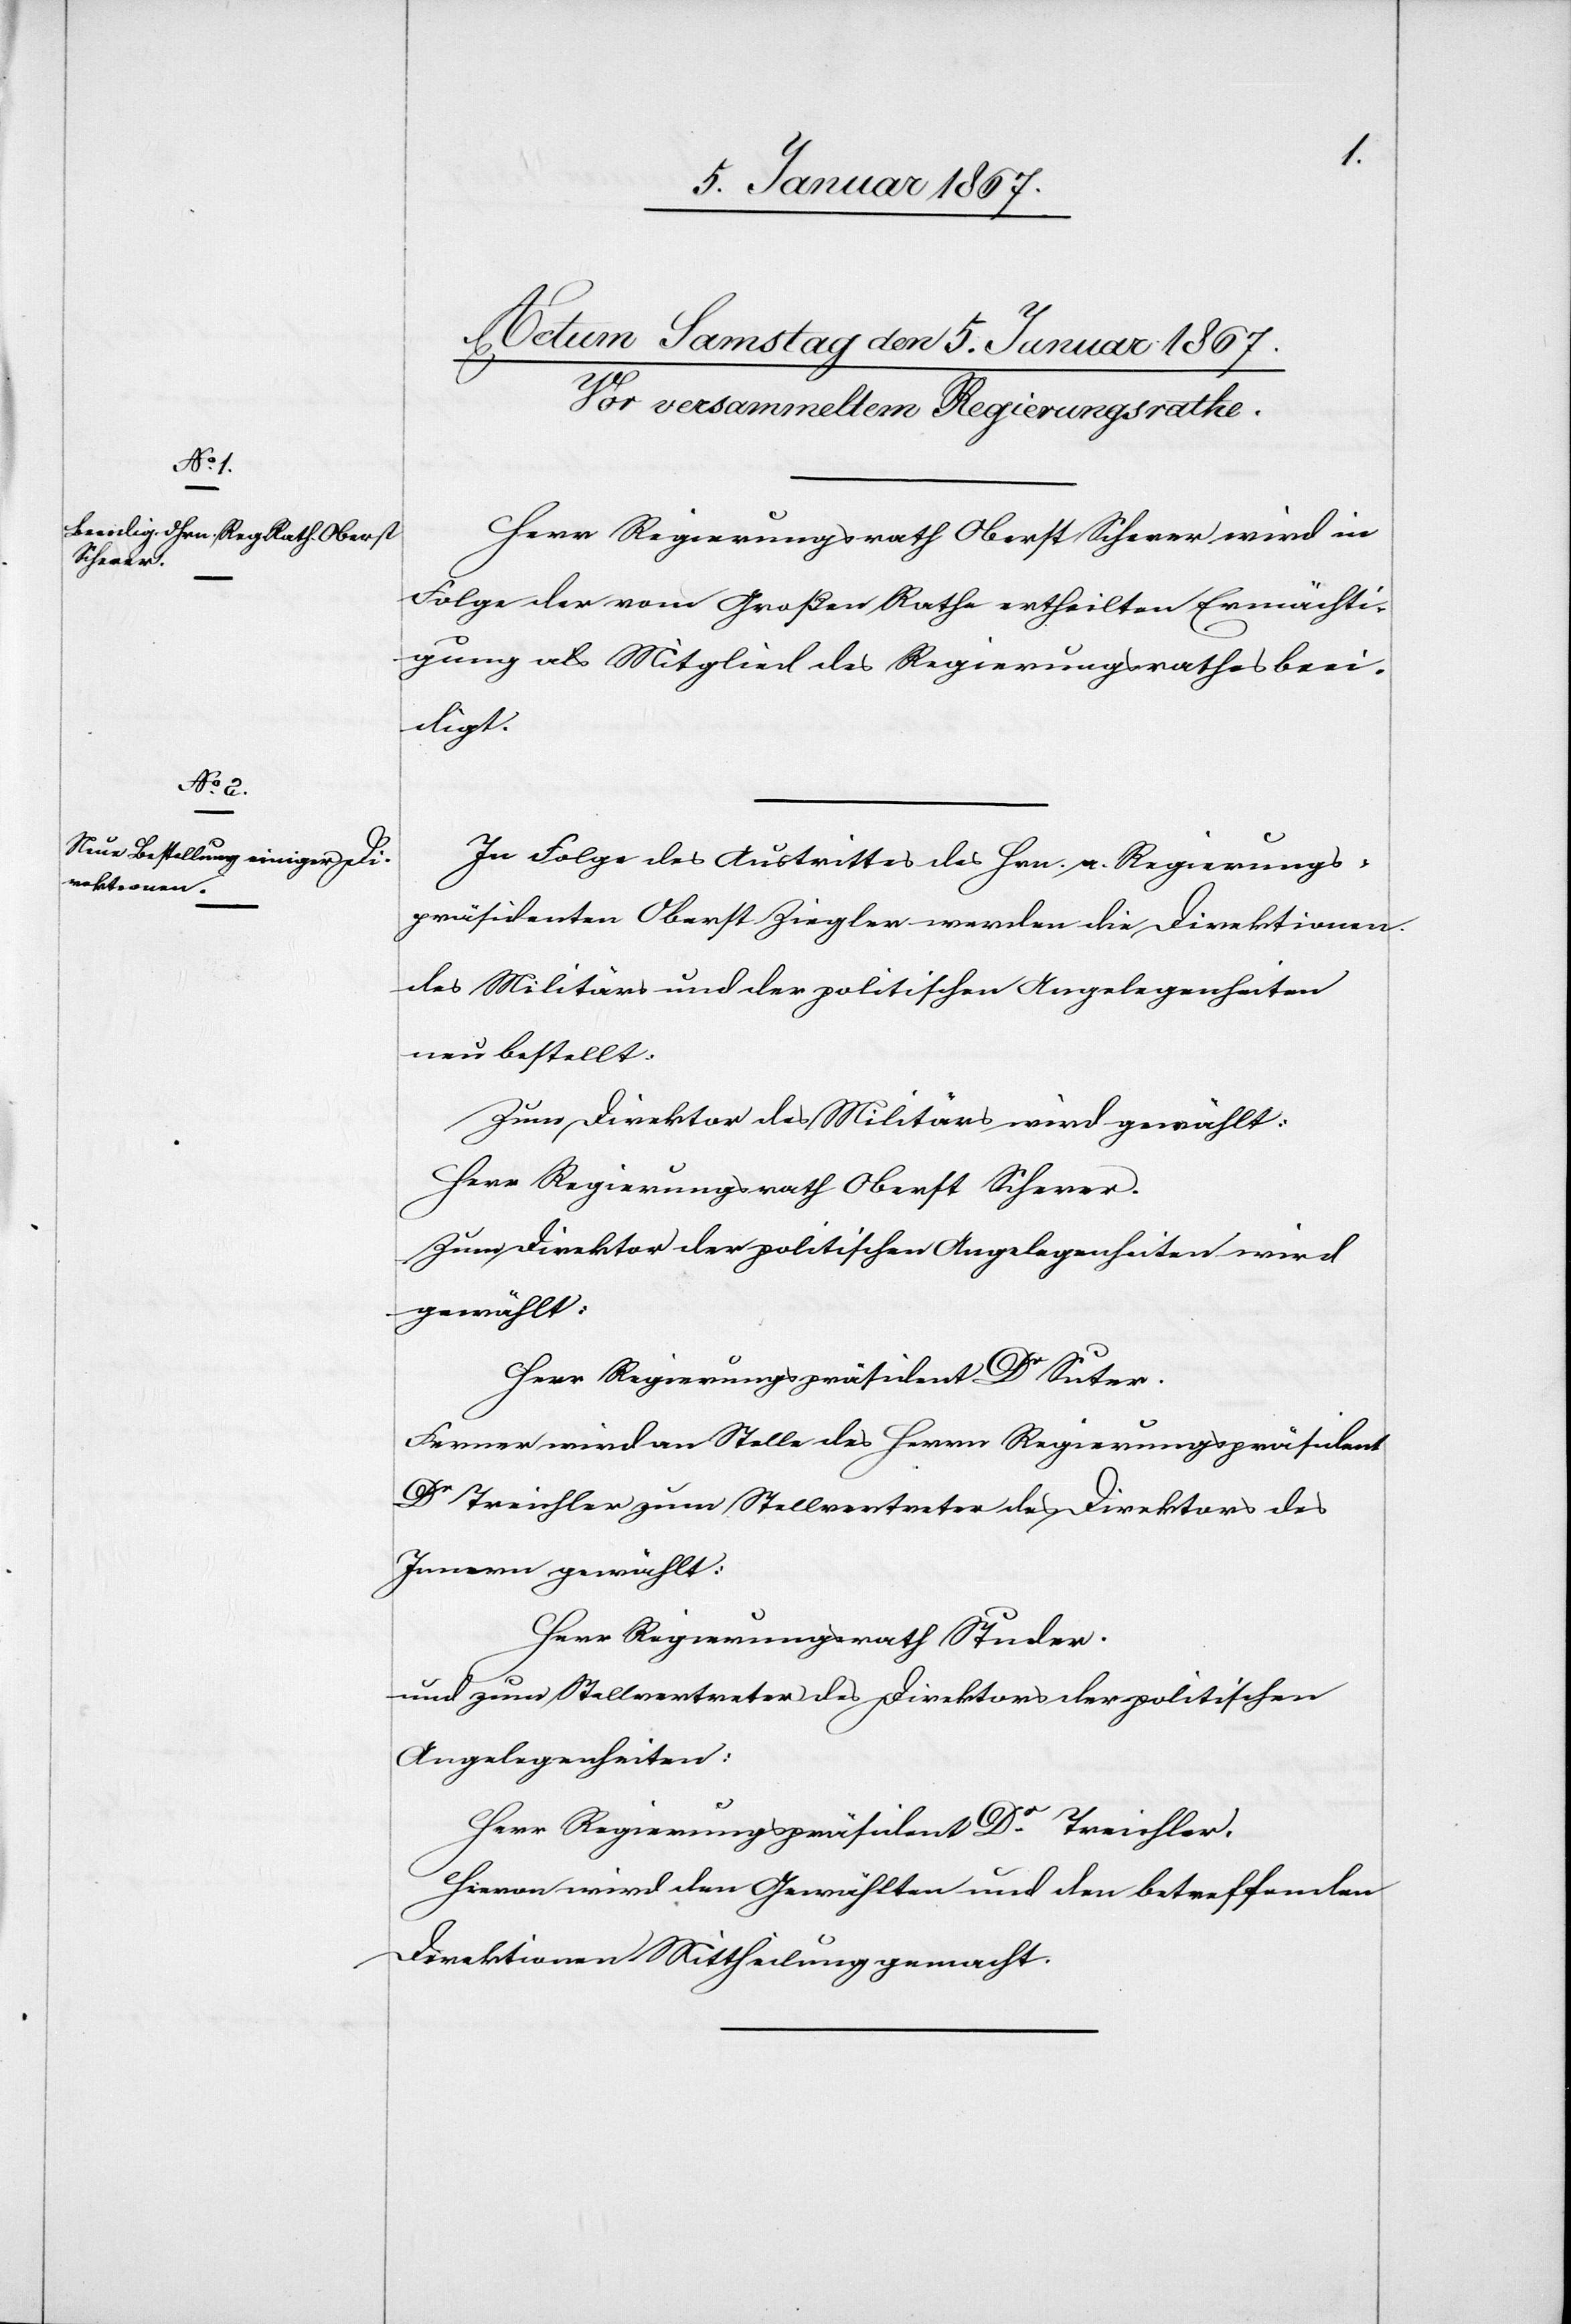
Herr Regierungsrath Oberst Scherer wird in
Folge der vom Großen Rathe ertheilten Ermächti¬
gung als Mitglied des Regierungsrathes beei¬
digt.
In Folge des Austrittes des Hrn. a. Regierungs¬
präsidenten Oberst Ziegler werden die Direktionen
des Militärs und der politischen Angelegenheiten
neu bestellt:
Zum Direktor des Militärs wird gewählt:
Herr Regierungsrath Oberst Scherer.
Zum Direktor der politischen Angelegenheiten wird
gewählt:
Herr Regierungspräside Dr. Suter.
Ferner wird an Stelle des Herrn Regierungspräsident
Dr Treichler zum Stellvertreter des Direktors des
Innern gewählt:
Herr Regierungsrath Studer.
und zum Stellvertreter des Direktors der politischen
Angelegenheiten:
Herr Regierungspräsident Dr. Treichler.
Hievon wird den Gewählten und den betreffenden
Direktionen Mittheilung gemacht.